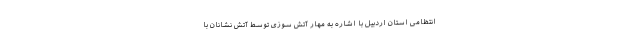
انتظامی استان اردبیل با اشاره به مهار آتش سوزی توسط آتش نشانان با